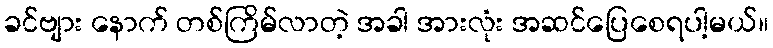
ခင်ဗျား နောက် တစ်ကြိမ်လာတဲ့ အခါ အားလုံး အဆင်ပြေစေရပါ့မယ်။